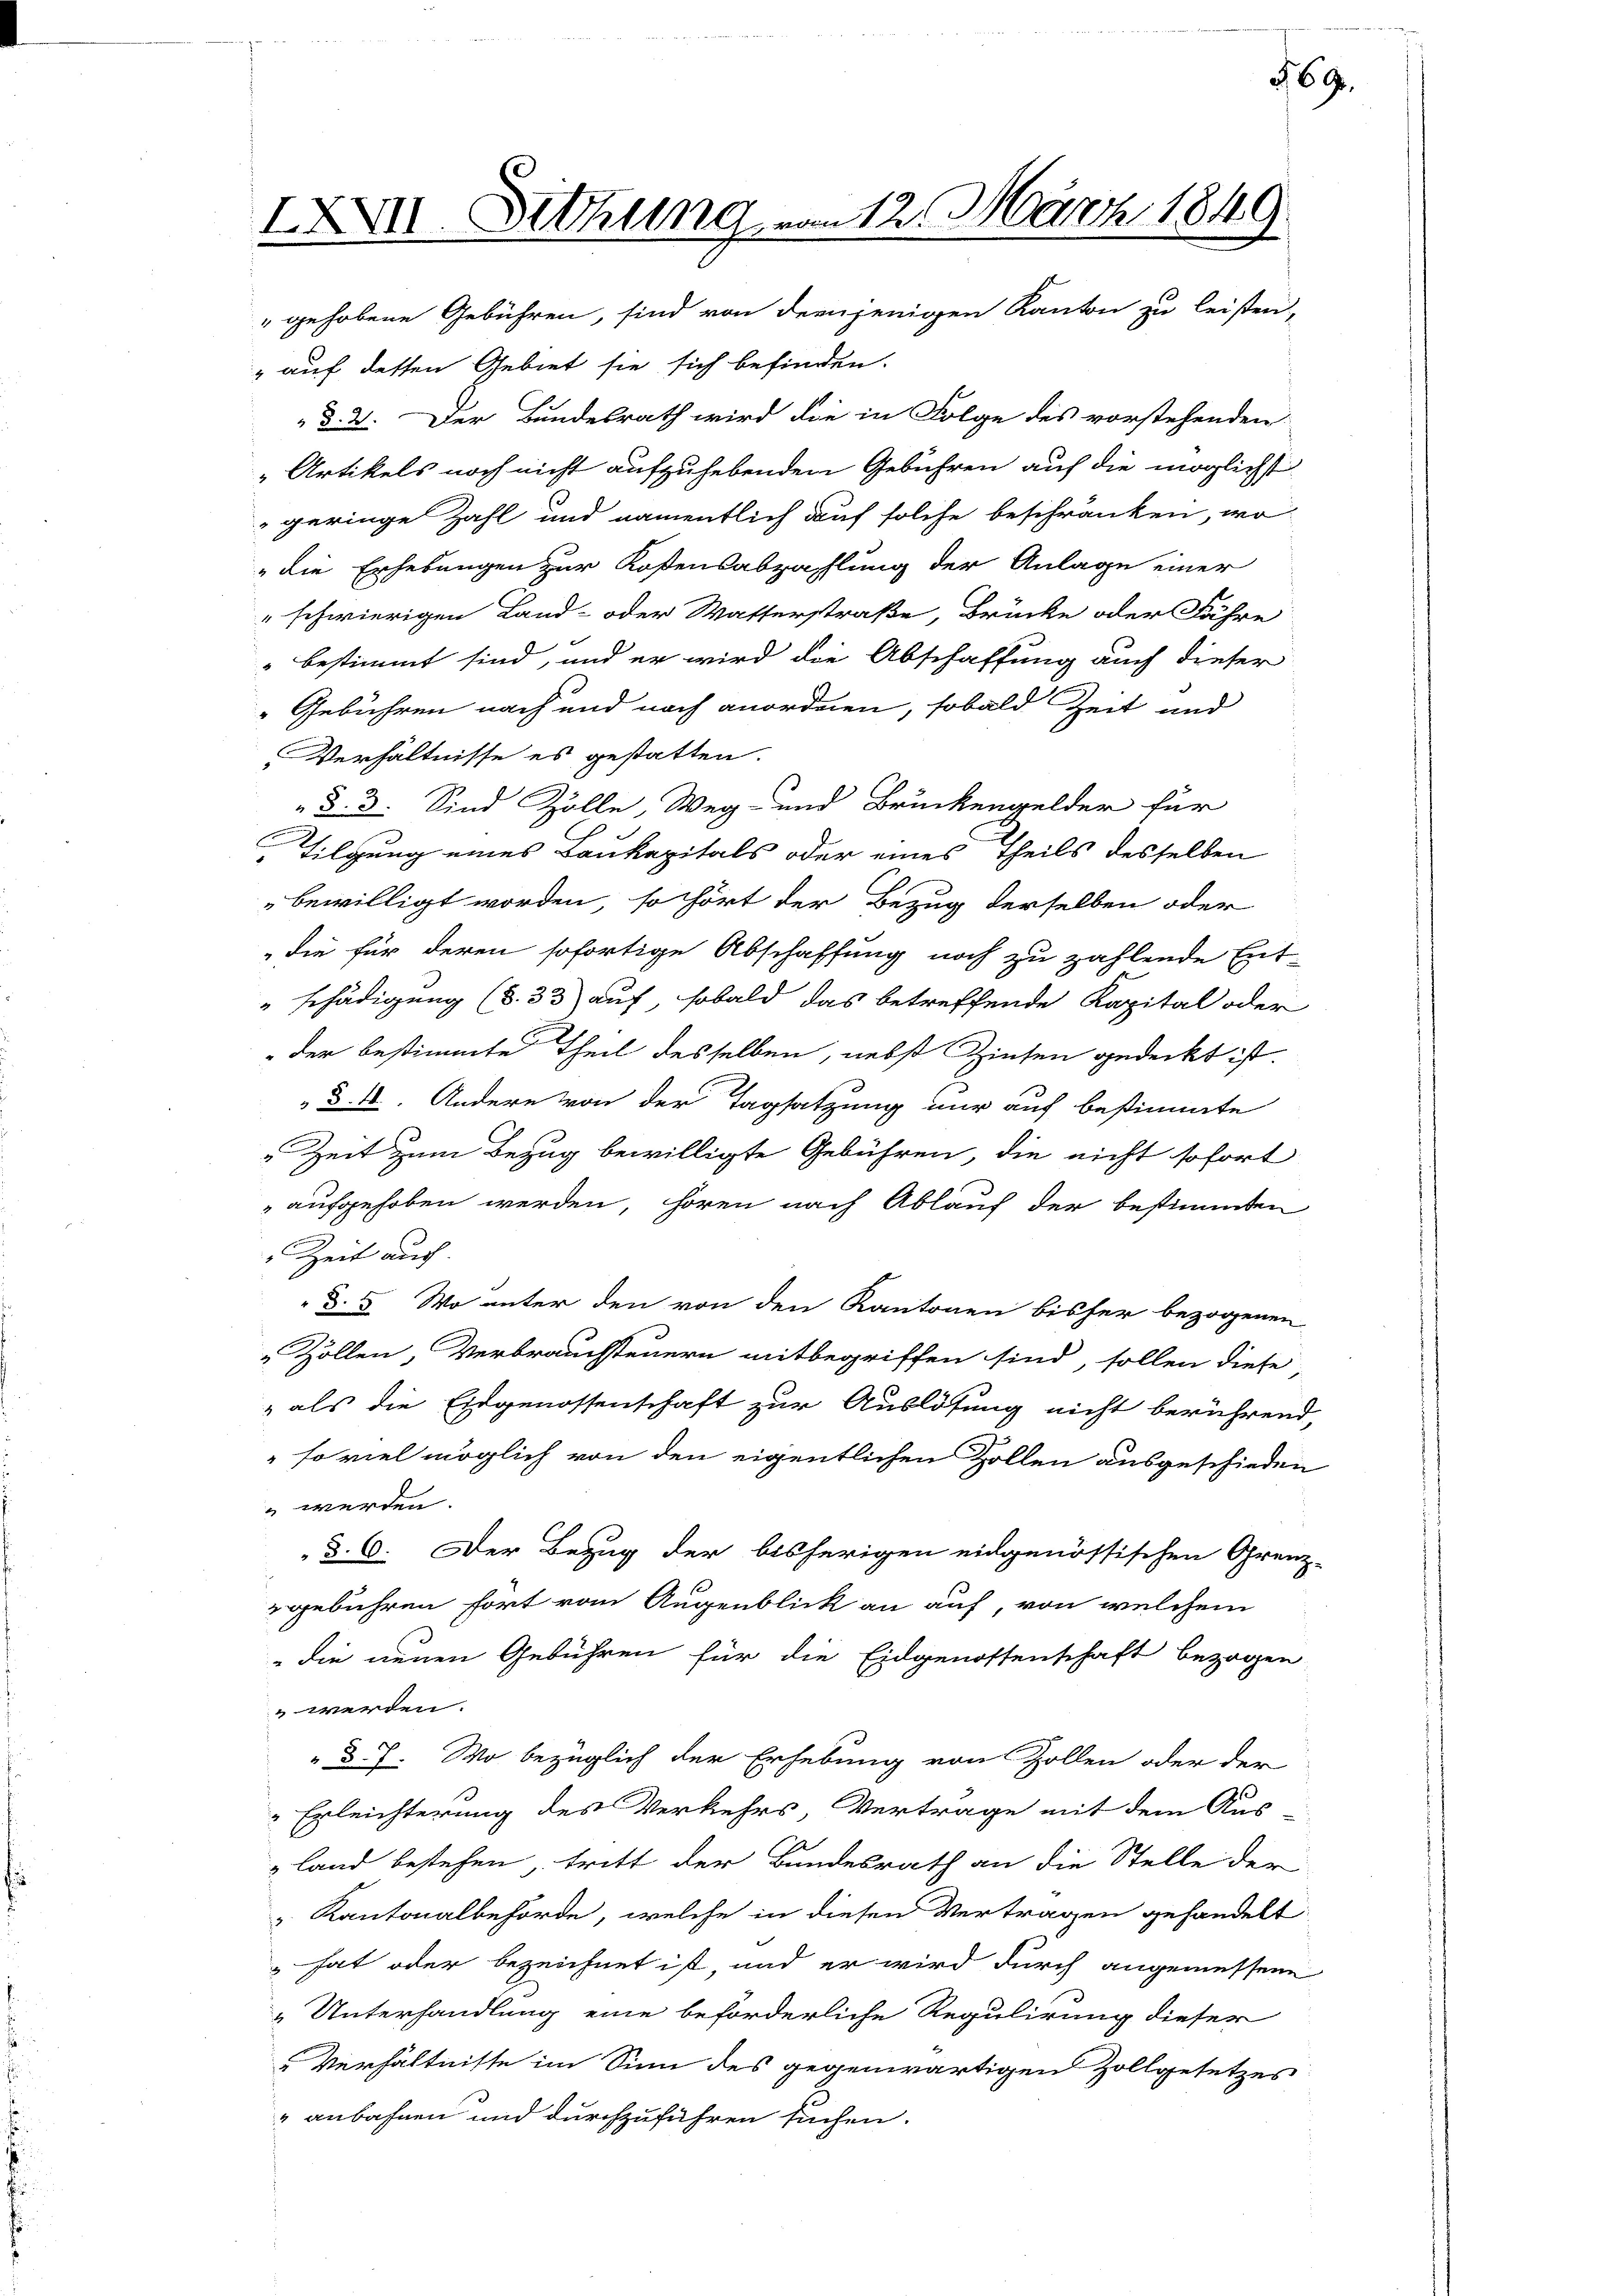
IXII. Sitzung vom 12. März 1849
"gehobene Gebühren, sind von demjenigen Kanton zu leisten-
" auf dessen Gebiet sie sich befinden.

§. 2. Der Bundesrath wird die in Folge des vorstehenden
„Artikels noch nicht aufzuhebenden Gebühren auf die möglichst
geringe Zahl und namentlich auf solche beschränken, wo
" die Erhebungen zur Kostensabzahlung der Anlage einer
schwierigen Land- oder Watterstraße, Brücke oder Fähre
" bestimmt sind, und er wird die Abschaffung auch dieser
Gebühren nach und noch anordnen, sobald Zeit und
Verhältnisse es gestatten.
„§. 3. Sind Zölle, Weg- und Brückengelder für
Tilgung eines Baukapitals oder eines Theils desselben
bewilligt worden, so hört der Bezug derselben oder
die für deren sofortige Abschaffung noch zu zahlende Ent-
"schädigung (S. 33) auf, sobald das betreffende Kapital oder
der bestimmte Theil desselben, nebst Zinsen gedeckt ist.
§. II. Andere von der Tagsatzung nur auf bestimmte
Zeit zum Bezug bewilligte Gebühren, die nicht sofort
 aufgehoben werden, hören nach Ablauf der bestimmten
" Zeit auch
§. 5. Wo unter den von den Kantonen bisher bezogenen
 Zöllen, Verbrauchsteuern mitbegriffen sind, sollen diese,
" als die Eidgenossenschaft zur Auslösung nicht berührend
so viel möglich von den eigentlichen Zollen ausgeschieden
 werden.
d. 6. Der Bezug der bisherigen eidgenössischen Grenz-
gebühren hört vom Augenblick an auf, von welchem
die neuen Gebühren für die Eidgenossenschaft bezogen
 werden.
" d. J. Wo bezüglich der Erhebung von Zollen oder der
Erleichterung des Verkehrs, Vertrage mit dem Aus-
land bestehen, tritt der Bundesrath an die Stelle der
v. Kantonalbehörde, welche in diesen Vertragen gehandelt
" hat oder bezeichnet ist, und er wird durch angemessene
„Unterhandlung eine beförderliche Regulirung dieser
Verhältnisse im Sinn des gegenwärtigen Zollgesetzes
" anbahnen und durchzuführen suchen.

369.